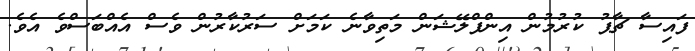
ފައިސާ ޗާޕު ކުރުމުން އިންފްލޭޝަން މަތިވާނެ ކަމަށް ސަރުކާރުން ވެސް އެއްބަސްވެ އެވެ.